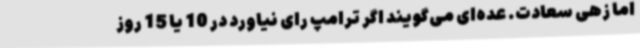
اما زهی سعادت. عده‌ای می‌گویند اگر ترامپ رای نیاورد در 10 یا 15 روز